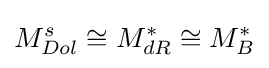
M_{Dol}^{s}\cong M_{dR}^{*}\cong M_{B}^{*}